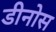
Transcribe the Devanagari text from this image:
डीनोस